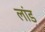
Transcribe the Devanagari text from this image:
लांड